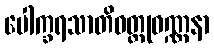
ပေါက္ခရသာတိဝတ္ထုဝဏ္ဏနာ